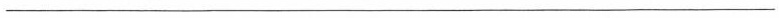
___